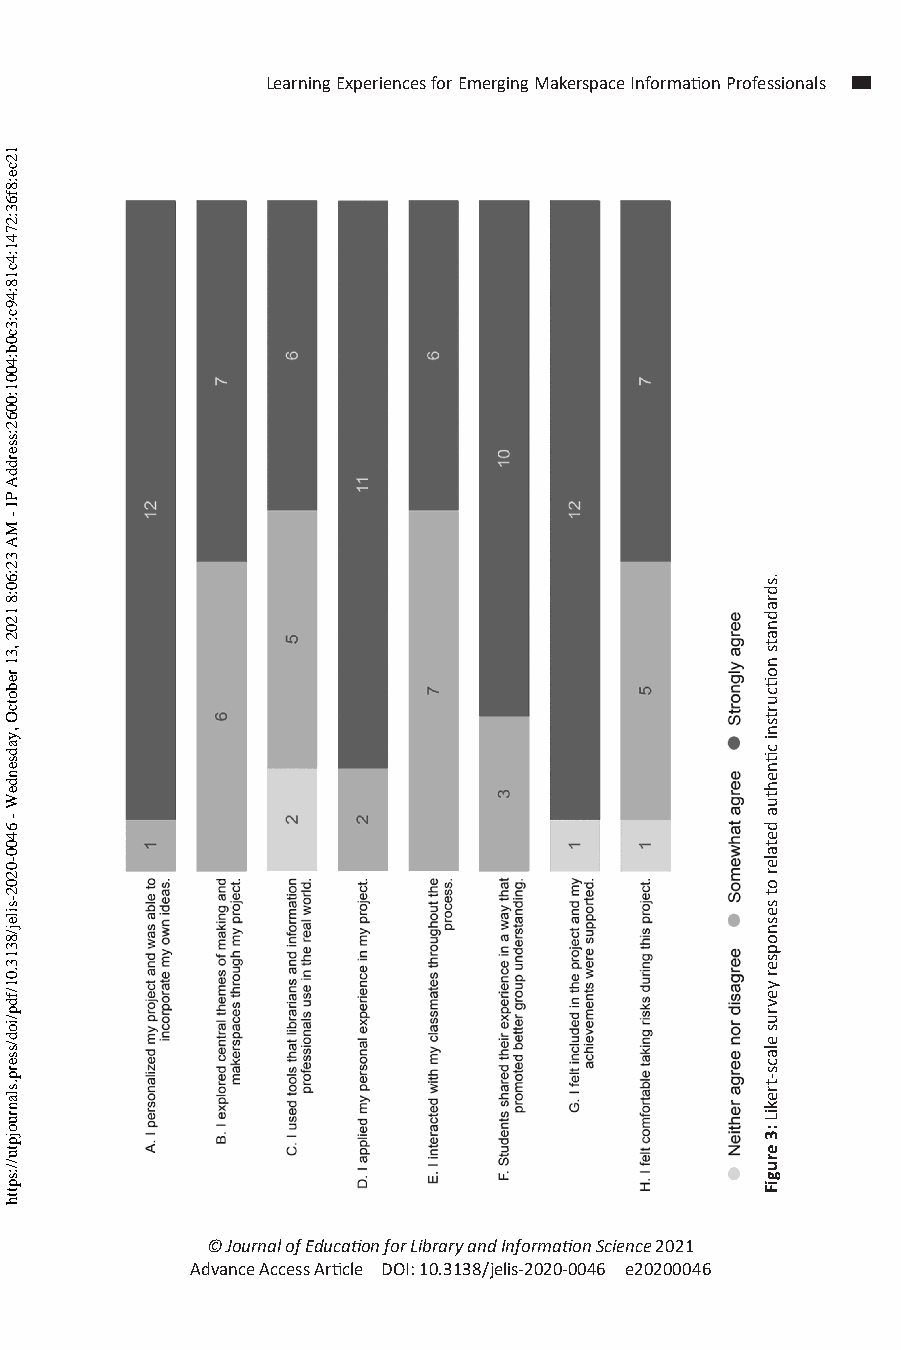
Learning Experiences for Emerging Makerspace Information Professionals
 © Journal of Education for Library and Information Science 2021
 Advance Access Article DOI: 10.3138/jelis-2020-0046 e20200046
 12ce:8f63:2741:4c18:49c:3c0b:4001:0062:sserddA
 PI
 -
 MA
 32:60:8
 1202
 ,31
 rebotcO
 ,yadsendeW
 -
 6400-0202-silej/8313.01/fdp/iod/sserp.slanruojptu//:sptth
 .sdradnats
 noticurtsni
 ctinehtua
 detaler
 ot
 sesnopser
 yevrus
 elacs-trekiL
 :3
 erugiF